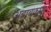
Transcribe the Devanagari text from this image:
अबाबकपुर